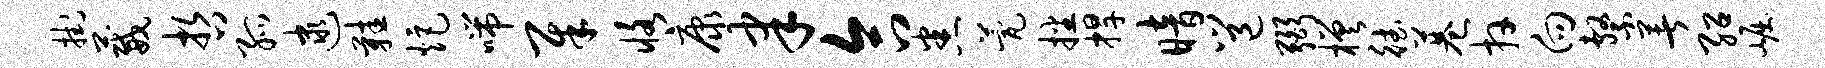
挂葳哲孤逮鞋炬喘犀恪康聿合悉甍播捍暗邕弼槎德巷卉向系著绍崛